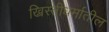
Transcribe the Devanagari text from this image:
ख्रिस्तीधर्मातील